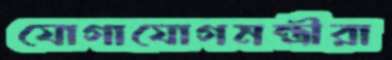
যোগাযোগমন্ত্রীরা